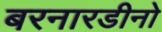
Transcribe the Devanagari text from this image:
बरनारडीनो